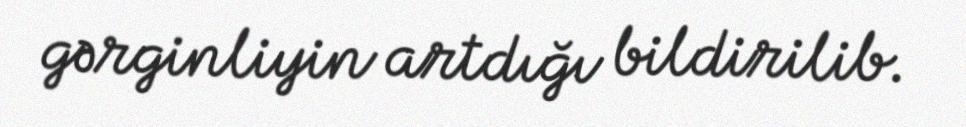
gərginliyin artdığı bildirilib.